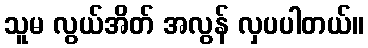
သူမ လွယ်အိတ် အလွန် လှပပါတယ်။